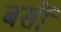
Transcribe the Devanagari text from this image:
बर्सी